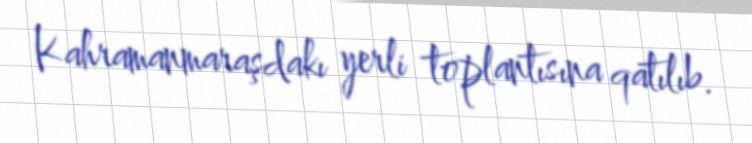
Kahramanmaraşdakı yerli toplantısına qatılıb.